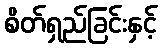
စိတ်ရှည်ခြင်းနှင့်